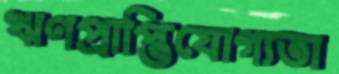
ঋণপ্রাপ্তিযোগ্যতা